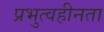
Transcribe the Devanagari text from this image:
प्रभुत्वहीनता